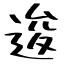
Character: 逡